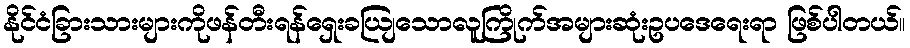
နိုင်ငံခြားသားများကိုဖန်တီးရန်ရှေးခယျြသောလူကြိုက်အများဆုံးဥပဒေရေးရာ ဖြစ်ပါတယ်။